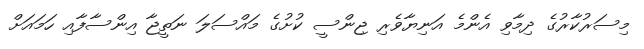
މިސަރުކާރުގެ ދިމާވި އެންމެ އަނިޔާވެރި ޖިންސީ ކުށުގެ މައްސަލަ ނަތީޖާ އިންސާފާއި ހަމައަށް